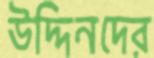
উদ্দিনদের